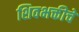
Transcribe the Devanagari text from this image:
शिवभक्तीचे